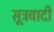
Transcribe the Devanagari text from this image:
सूत्रवादी